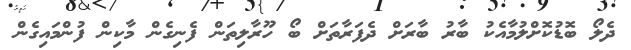
ދެލޯ ބޮޑުކޮށްލުމާއެކު ބާރު ބާރަށް ދެފަރާތަށް ބޯ ހޫރާލިތަން ފެނިގެން މާކިން ފުންމައިގެން